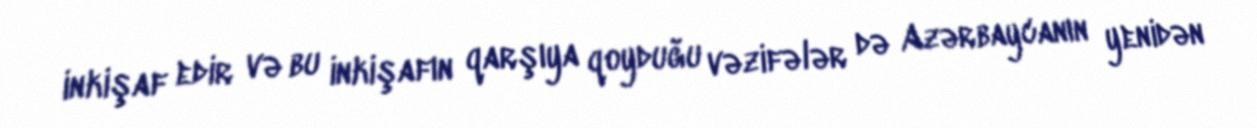
inkişaf edir və bu inkişafın qarşıya qoyduğu vəzifələr də Azərbaycanın yenidən